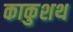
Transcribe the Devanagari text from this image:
काकुशथ